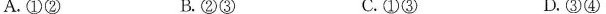
A.①② B.②③ C.①③ D.③④